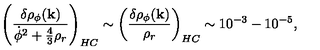
\left( \frac { \delta \rho _ { \phi } ( { \bf k } ) } { { \dot { \phi } } ^ { 2 } + \frac { 4 } { 3 } \rho _ { r } } \right) _ { H C } \sim \left( \frac { \delta \rho _ { \phi } ( { \bf k } ) } { \rho _ { r } } \right) _ { H C } \sim 1 0 ^ { - 3 } - 1 0 ^ { - 5 } ,